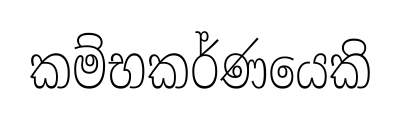
කම්භකර්ණයෙකි